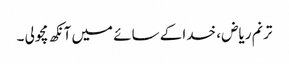
ترنم ریاض ، خدا کے سائے میں آنکھ مچولی ۔